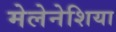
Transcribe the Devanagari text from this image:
मेलेनेशिया